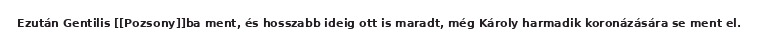
Ezután Gentilis [[Pozsony]]ba ment, és hosszabb ideig ott is maradt, még Károly harmadik koronázására se ment el.